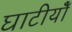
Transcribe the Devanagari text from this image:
घाटीयोँ